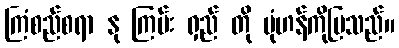
ကြံစည်စရာ နု ကြမ်း ရှည် တို ပုံဟန်ကိုပြသည်။